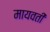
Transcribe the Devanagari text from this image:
मायवती